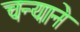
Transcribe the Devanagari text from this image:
चन्याने